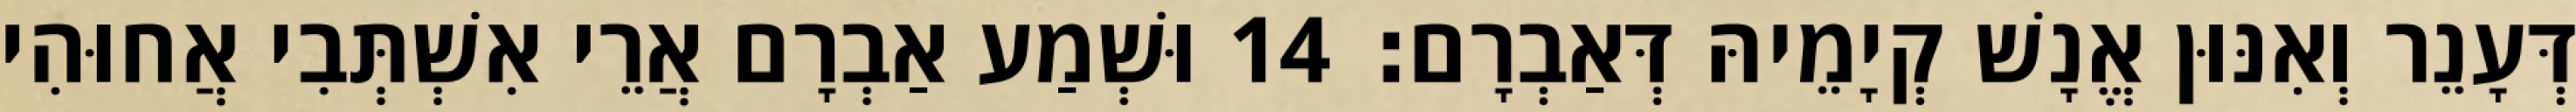
דְּעָנֵר וְאִנּוּן אֱנָשׁ קְיָמֵיהּ דְּאַבְרָם׃ 14 וּשְׁמַע אַבְרָם אֲרֵי אִשְׁתְּבִי אֲחוּהִי